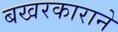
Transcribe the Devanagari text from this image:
बखरकाराने